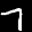
Label: 7